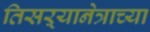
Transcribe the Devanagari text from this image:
तिसऱ्यानेत्राच्या